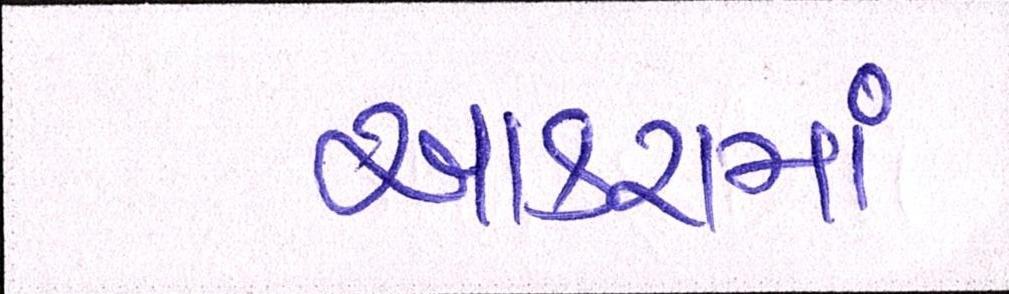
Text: આકરામાં